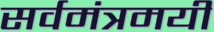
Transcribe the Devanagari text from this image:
सर्वमंत्रमयी